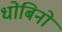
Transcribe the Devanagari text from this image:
धोबिनों